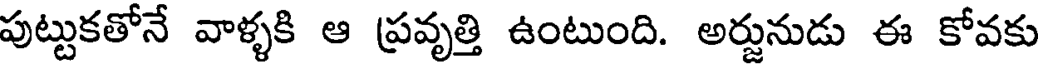
పుట్టుకతోనే వాళ్ళకి ఆ ప్రవృత్తి ఉంటుంది. అర్జునుడు ఈ కోవకు